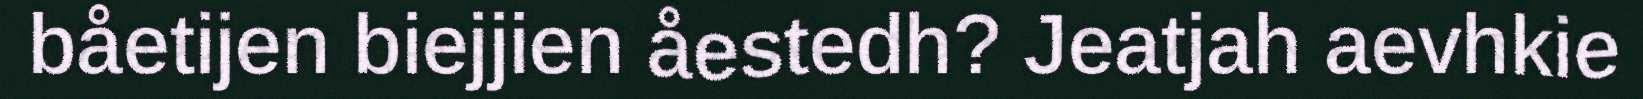
båetijen biejjien åestedh? Jeatjah aevhkie